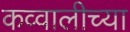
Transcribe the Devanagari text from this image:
कव्वालीच्या